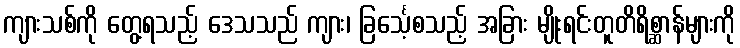
ကျားသစ်ကို တွေ့ရသည့် ဒေသသည် ကျား၊ ခြင်္သေ့စသည့် အခြား မျိုးရင်းတူတိရိစ္ဆာန်များကို